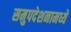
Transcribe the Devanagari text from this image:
समुपदेशनामध्ये